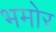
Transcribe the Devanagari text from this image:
भमोर